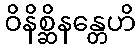
ဝိနိစ္ဆိနန္တေဟိ